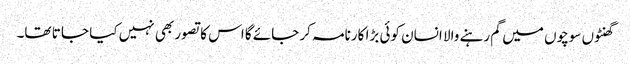
گھنٹوں سوچوں میں گم رہنے والا انسان کوئی بڑا کارنامہ کر جائے گا اس کا تصور بھی نہیں کیا جا تا تھا۔